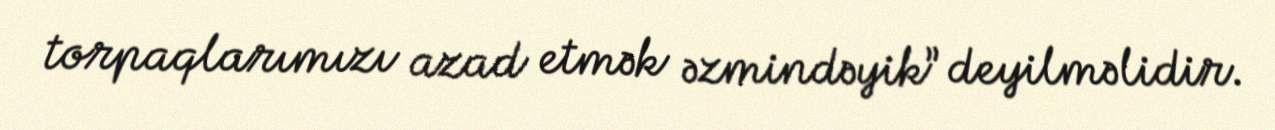
torpaqlarımızı azad etmək əzmindəyik” deyilməlidir.